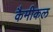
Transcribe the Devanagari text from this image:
कैमीकल